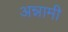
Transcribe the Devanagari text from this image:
अन्नामी